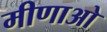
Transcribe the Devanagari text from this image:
मीणाओ